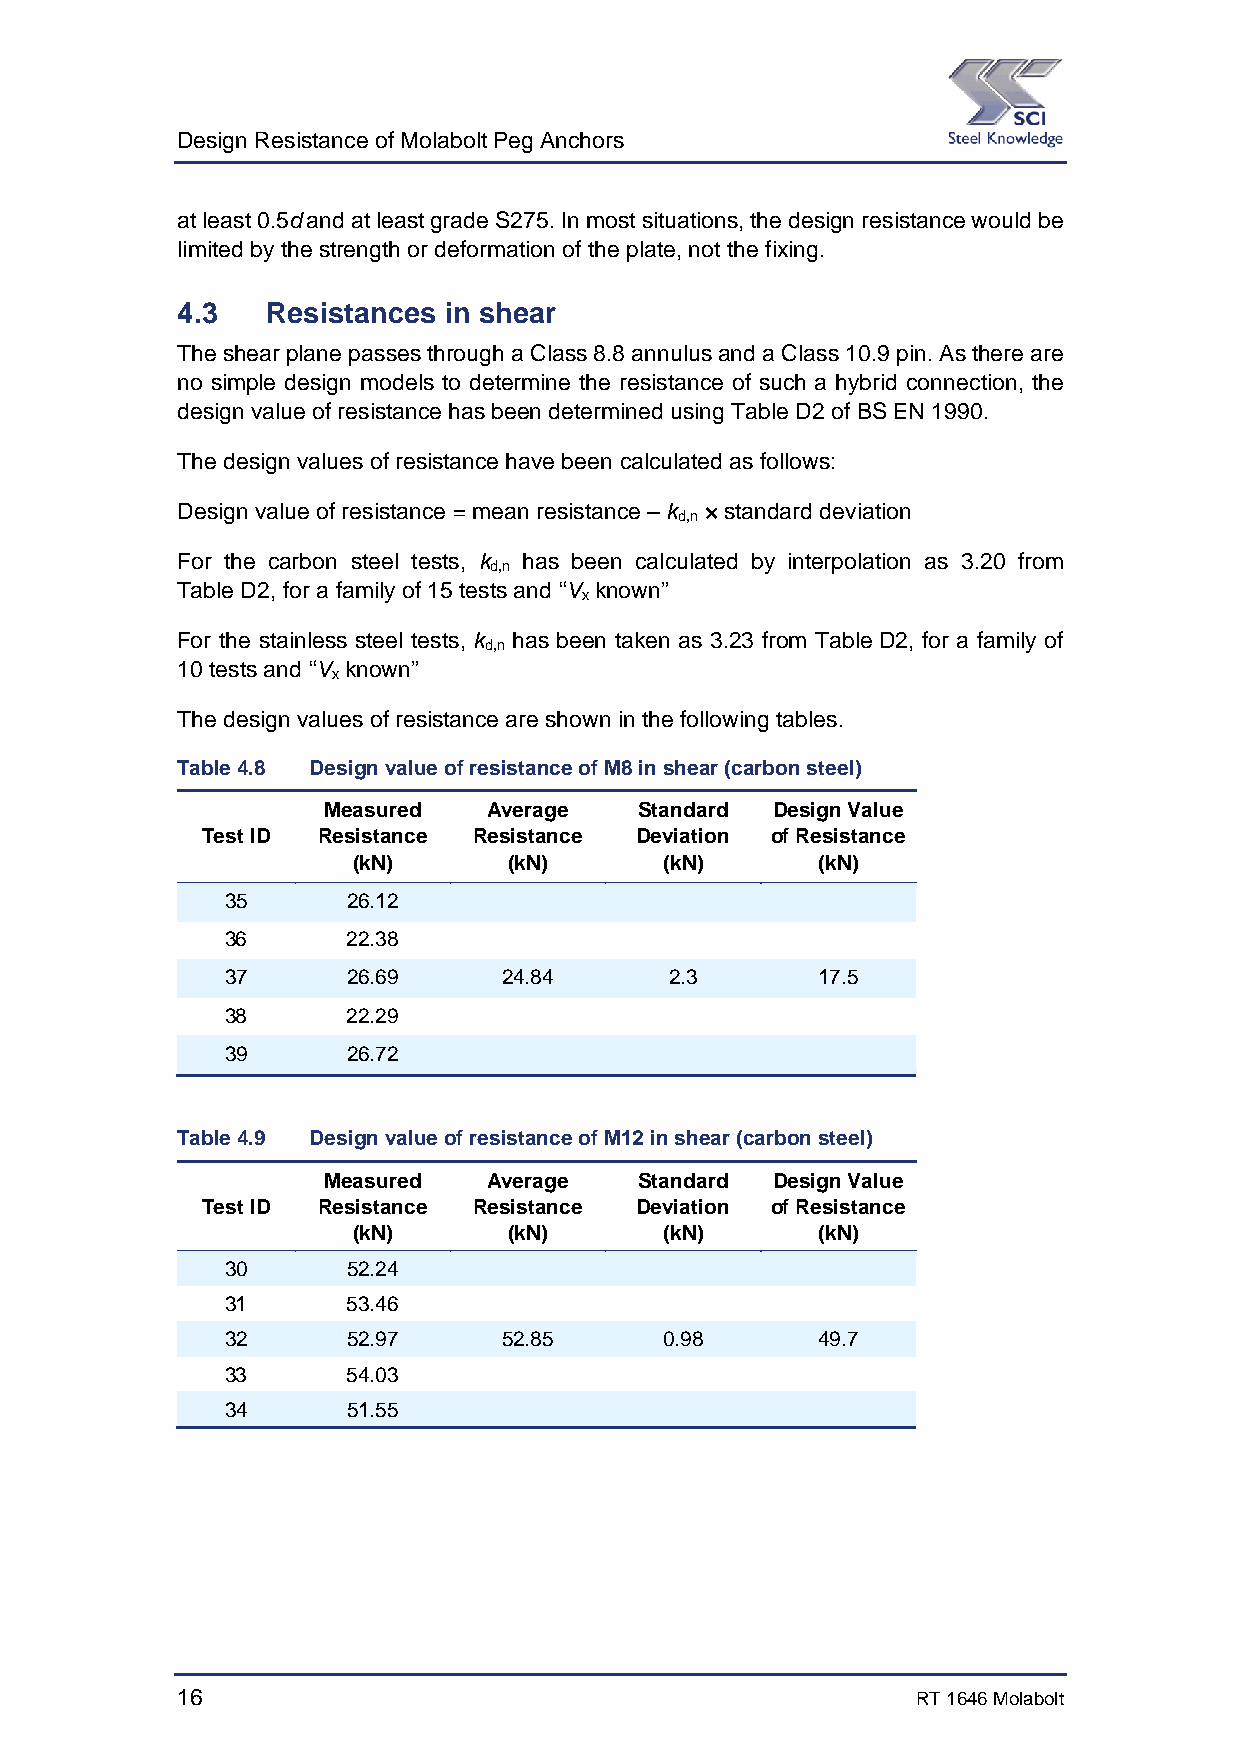
Design Resistance of Molabolt Peg Anchors
 at least 0.5d and at least grade S275. In most situations, the design resistance would be
 limited by the strength or deformation of the plate, not the fixing.
 4.3   Resistances in shear
 The shear plane passes through a Class 8.8 annulus and a Class 10.9 pin. As there are
 no simple design models to determine the resistance of such a hybrid connection, the
 design value of resistance has been determined using Table D2 of BS EN 1990.
 The design values of resistance have been calculated as follows:
 Design value of resistance = mean resistance – k × standard deviation
 d,n
 For the carbon steel tests, k has been calculated by interpolation as 3.20 from
 d,n
 Table D2, for a family of 15 tests and “V known”
 x
 For the stainless steel tests, k has been taken as 3.23 from Table D2, for a family of
 d,n
 10 tests and “V known”
 x
 The design values of resistance are shown in the following tables.
 Table 4.8 Design value of resistance of M8 in shear (carbon steel)
 Measured   Average   Standard Design Value
 Test ID Resistance Resistance Deviation of Resistance
 (kN)       (kN)      (kN)      (kN)
 35      26.12
 36      22.38
 37      26.69     24.84      2.3       17.5
 38      22.29
 39      26.72
 Table 4.9 Design value of resistance of M12 in shear (carbon steel)
 Measured   Average   Standard Design Value
 Test ID Resistance Resistance Deviation of Resistance
 (kN)       (kN)      (kN)      (kN)
 30      52.24
 31      53.46
 32      52.97     52.85      0.98      49.7
 33      54.03
 34      51.55
 16                                               RT 1646 Molabolt